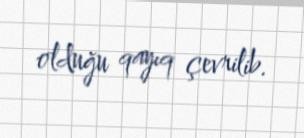
olduğu qayıq çevrilib.